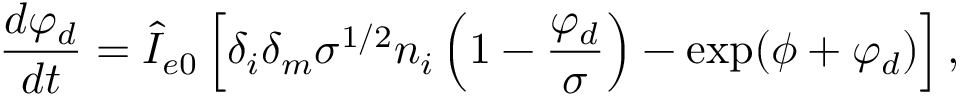
\frac { d \varphi _ { d } } { d t } = \hat { I } _ { e 0 } \left[ \delta _ { i } \delta _ { m } \sigma ^ { 1 / 2 } n _ { i } \left( 1 - \frac { \varphi _ { d } } { \sigma } \right) - \exp ( \phi + \varphi _ { d } ) \right] ,